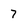
Character: 7